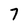
Character: 7